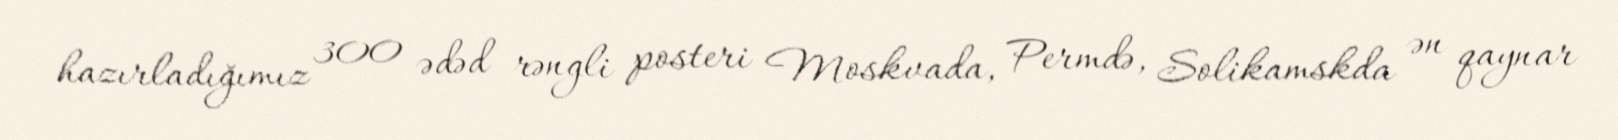
hazırladığımız 300 ədəd rəngli posteri Moskvada, Permdə, Solikamskda ən qaynar